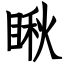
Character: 瞅